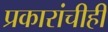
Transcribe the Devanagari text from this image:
प्रकारांचीही